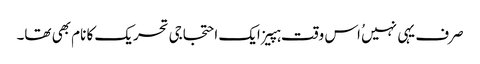
صرف یہی نہیں ُاس وقت ہپیز ایک احتجاجی تحریک کا نام بھی تھا۔